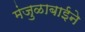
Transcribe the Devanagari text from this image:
मंजुळाबाईने